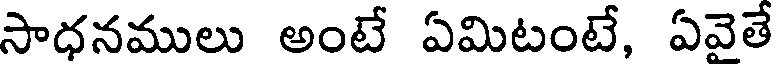
సాధనములు అంటే ఏమిటంటే, ఏవైతే